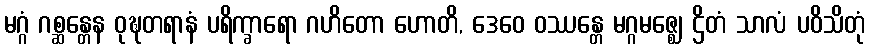
မဂ္ဂံ ဂစ္ဆန္တေန ဝုဍ္ဎတရာနံ ပရိက္ခာရော ဂဟိတော ဟောတိ, ဒေဝေ ဝဿန္တေ မဂ္ဂမဇ္ဈေ ဌိတံ သာလံ ပဝိသိတုံ